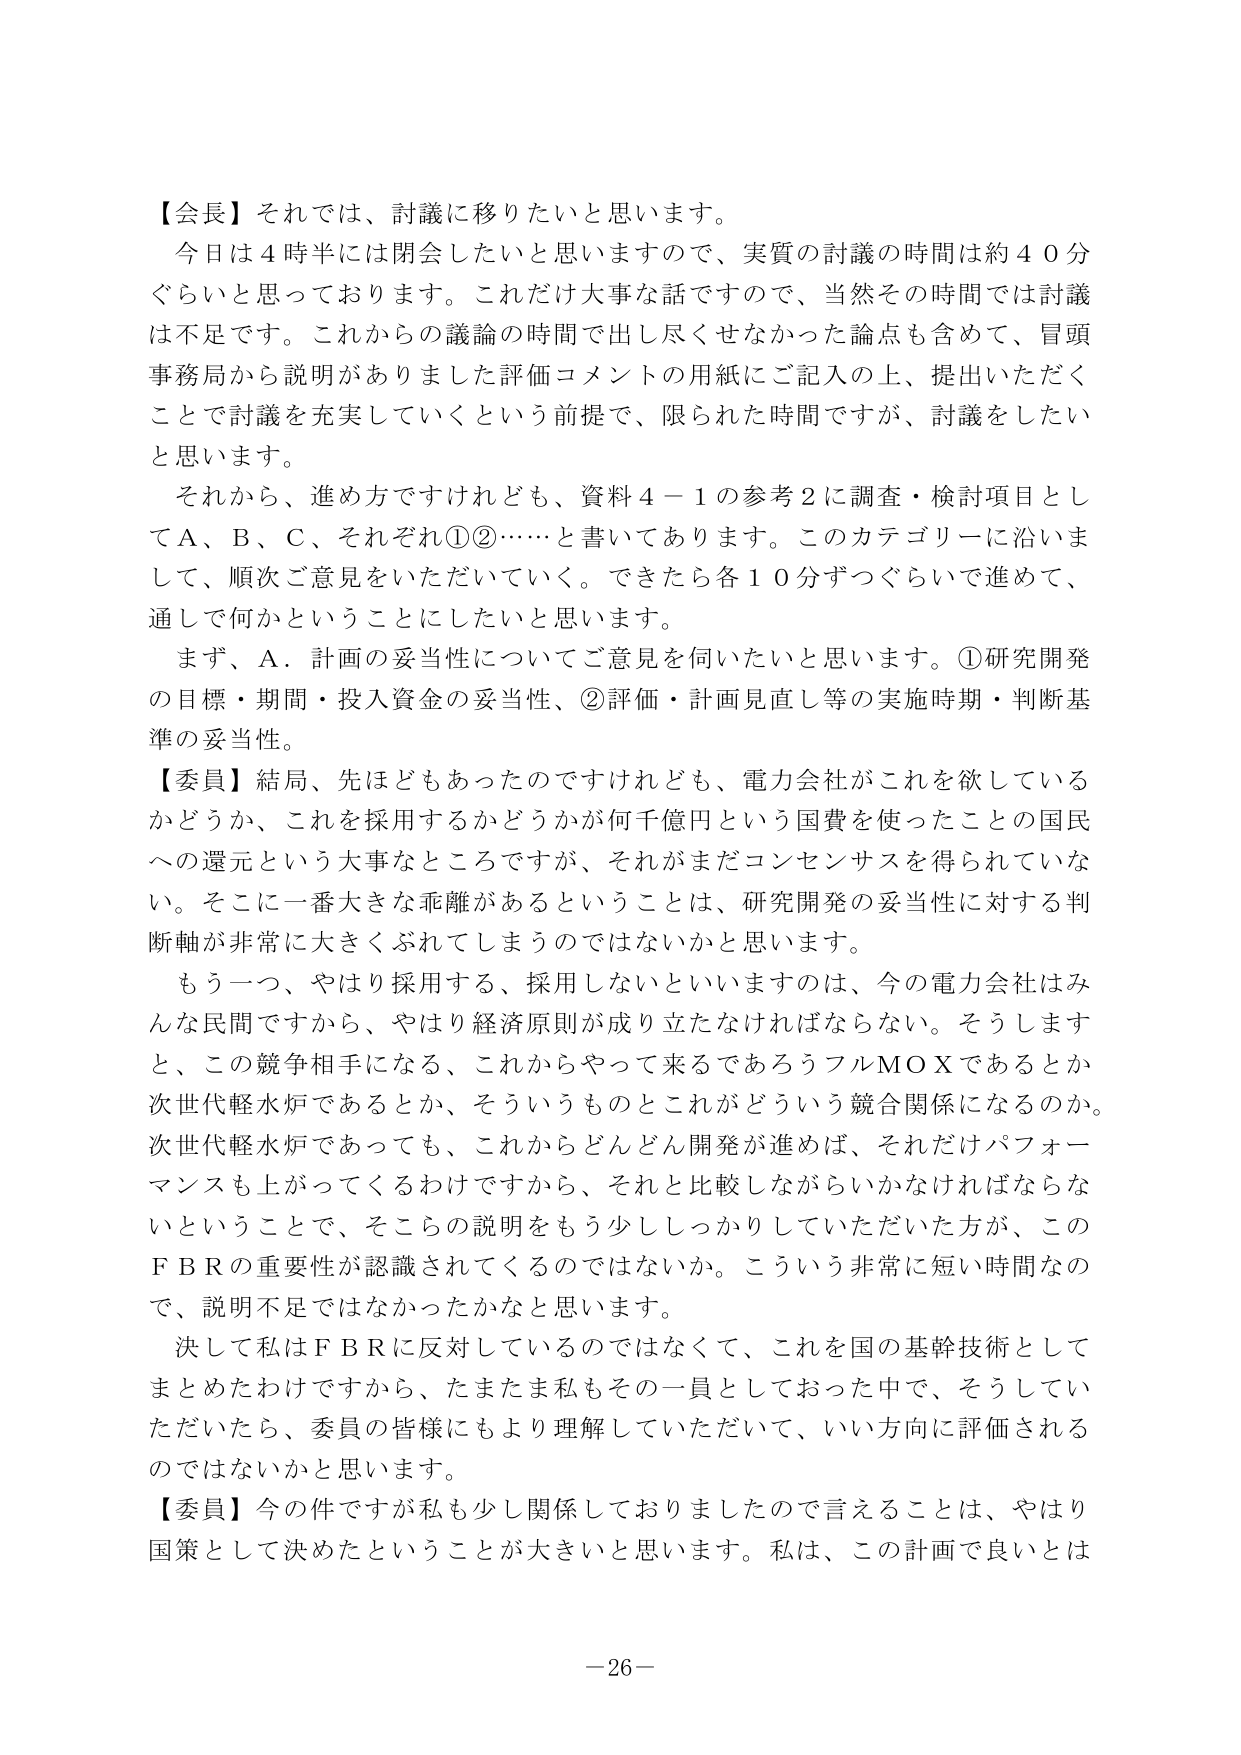
【会長】それでは、討議に移りたいと思います。
今日は４時半には閉会したいと思いますので、実質の討議の時間は約４０分ぐらいと思っております。これだけ大事な話ですので、当然その時間では討議は不足です。これからの議論の時間で出し尽くせなかった論点も含めて、冒頭事務局から説明がありました評価コメントの用紙にご記入の上、提出いただくことで討議を充実していくという前提で、限られた時間ですが、討議をしたいと思います。
それから、進め方ですけれども、資料４－１の参考２に調査・検討項目としてＡ、Ｂ、Ｃ、それぞれ①②……と書いてあります。このカテゴリーに沿いまして、順次ご意見をいただいていく。できたら各１０分ずつぐらいで進めて、通しで何かということにしたいと思います。
まず、Ａ．計画の妥当性についてご意見を伺いたいと思います。①研究開発の目標・期間・投入資金の妥当性、②評価・計画見直し等の実施時期・判断基準の妥当性。
【委員】結局、先ほどもあったのですけれども、電力会社がこれを欲しているかどうか、これを採用するかどうかが何千億円という国費を使ったことの国民への還元という大事なところですが、それがまだコンセンサスを得られていない。そこに一番大きな乖離があるということは、研究開発の妥当性に対する判断軸が非常に大きくぶれてしまうのではないかなと思います。
もう一つ、やはり採用する、採用しないといいますのは、今の電力会社はみんな民間ですから、やはり経済原則が成り立たなければならない。そうしますと、この競争相手になる、これからやって来るであろうフルＭＯＸであるとか次世代軽水炉であるとか、そういうものとこれがどういう競合関係になるのか。次世代軽水炉であっても、これからどんどん開発が進めば、それだけパフォーマンスも上がってくるわけですから、それと比較しながらかなければならないということで、そこらの説明をもう少ししっかりしていただいた方が、このＦＢＲの重要性が認識されてくるのではないか。こういう非常に短い時間なので、説明不足ではなかったかなと思います。
決して私はＦＢＲに反対しているのではなくて、これを国の基幹技術としてまとめたわけですから、たまたま私もその一員としておった中で、そうしていただいたたら、委員の皆様にもより理解していただいて、いい方向に評価されるのではないかと思います。
【委員】今の件ですが私も少し関係しておりましたので言えることは、やはり国策として決めたということが大きいと思います。私は、この計画で良いとは
－26－